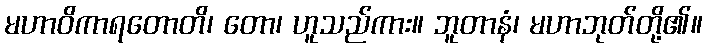
မဟာဝိကာရတောတိ၊ တော၊ ဟူသည်ကား။ ဘူတာနံ၊ မဟာဘုတ်တို့၏။